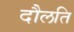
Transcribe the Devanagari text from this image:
दौलति